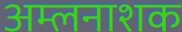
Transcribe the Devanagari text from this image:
अम्लनाशक